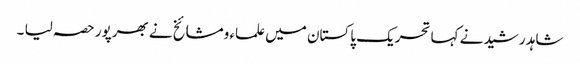
شاہد رشید نے کہا تحریک پاکستان میں علماء ومشائخ نے بھرپور حصہ لیا ۔